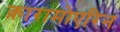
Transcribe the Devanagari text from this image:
क़ारामोएरिन